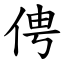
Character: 俜